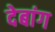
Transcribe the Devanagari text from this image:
देबांग